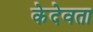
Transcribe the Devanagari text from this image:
केदेवता